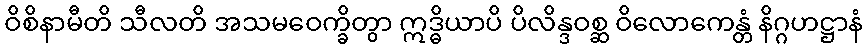
ဝိစိနာမီတိ သီလတိ အသမဝေက္ခိတွာ ဣဒ္ဓိယာပိ ပိလိန္ဒဝစ္ဆ ဝိလောကေန္တံ နိဂ္ဂဟဋ္ဌာနံ